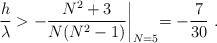
\begin{align*}{h \over \lambda} > - {{N^2+3}\over {N(N^2-1)}}\biggl |_{N=5} = - {7\over {30}} \ .\end{align*}